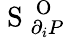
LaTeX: \mathrm{~S~}_{\partial_{i}P}^{\mathrm{~O~}}